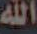
الله